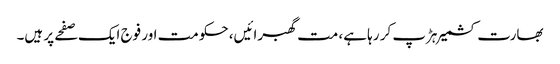
بھارت کشمیر ہڑپ کر رہا ہے، مت گھبرائیں، حکومت اور فوج ایک صفحے پر ہیں۔